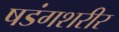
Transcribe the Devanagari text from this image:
षडंगशरीर